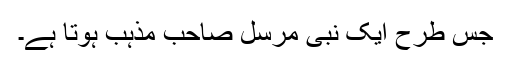
جس طرح ایک نبی ٔمرسل صاحب مذہب ہوتا ہے۔